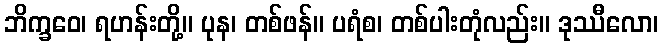
ဘိက္ခဝေ၊ ရဟန်းတို့။ ပုန၊ တစ်ဖန်။ ပရံစ၊ တစ်ပါးတုံလည်း။ ဒုဿီလော၊